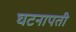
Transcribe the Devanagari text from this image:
घटनापती